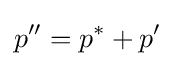
p''=p^{*}+p'